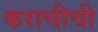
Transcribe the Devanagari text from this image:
कराचीची